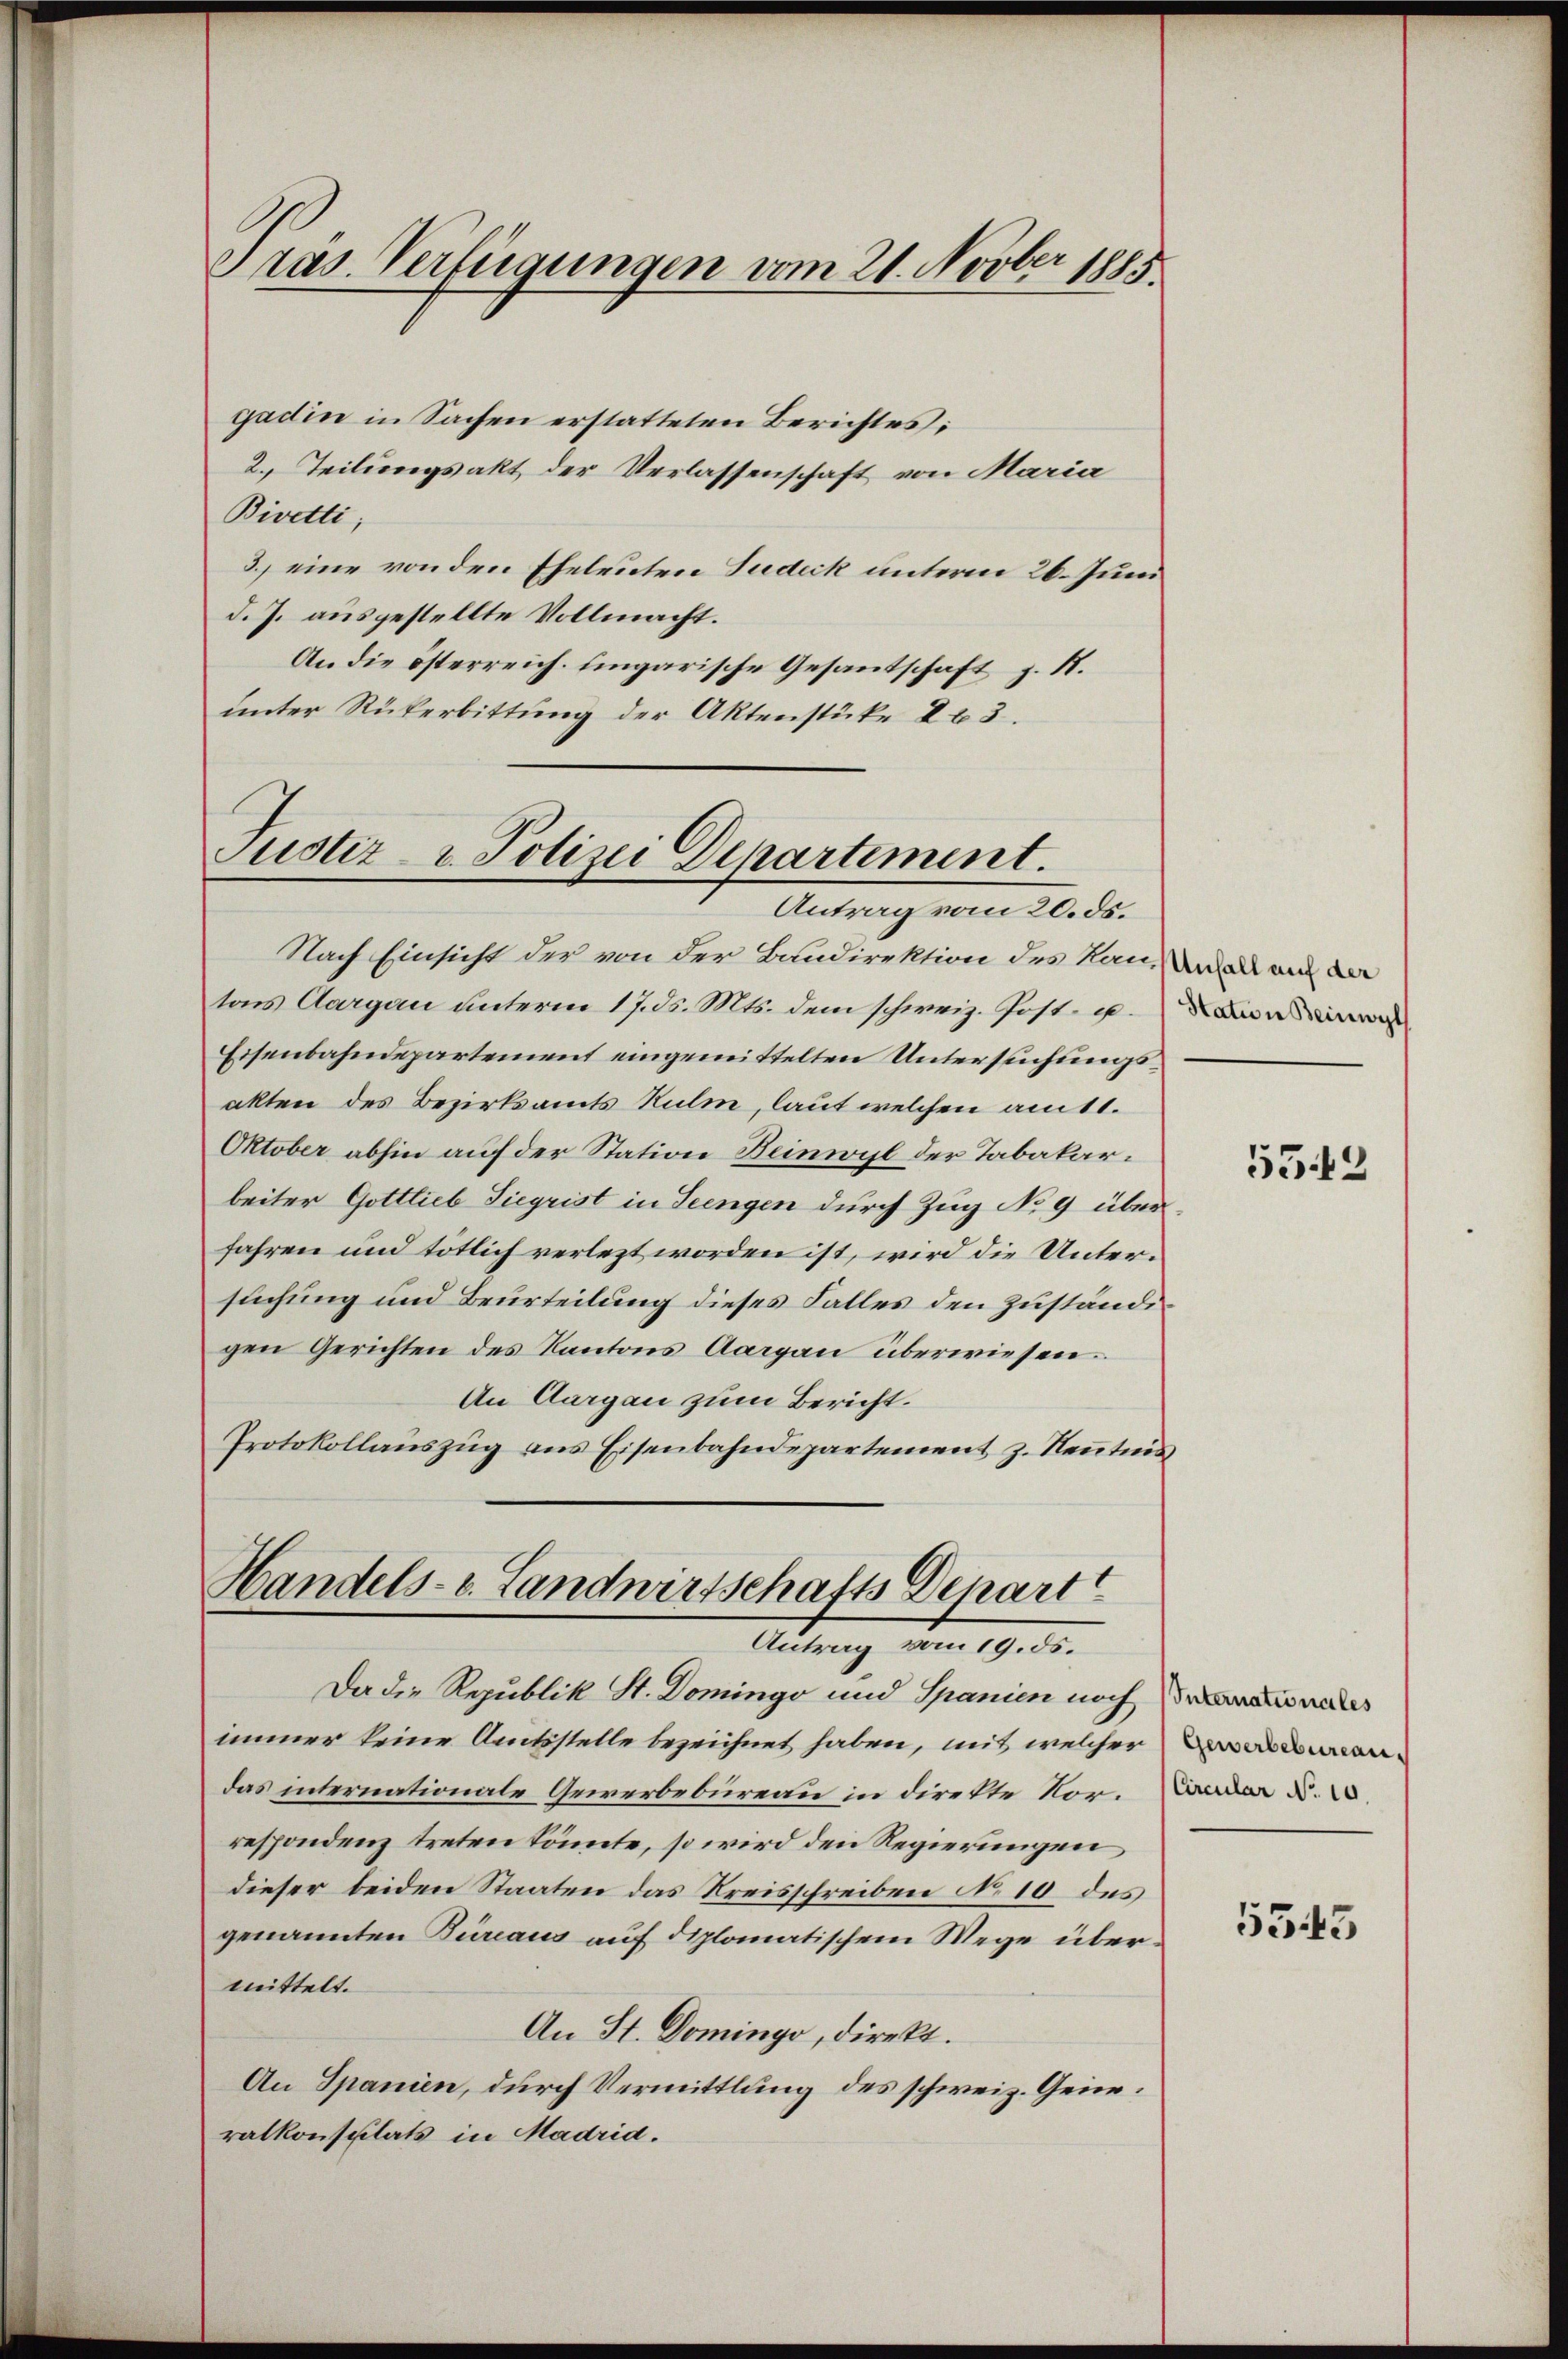
Präs. Verfügungen vom 21. Novber 1885.

gadin in Sachen erstatteten Berichtes;
2. Teilungsakt der Verlassenschaft von Maria
Bivetti,
3.) eine von den Eheleuten Judeck unterm 26. Juni
d. J. ausgestellte Vollmacht.
An die österreich. Eingarische Gesantschaft z. R.
unter Rückerbittŭng der Aktenstüke 263.

Justiz- u. Polizei Departement.
Antrag vom 20. ds.

Handels- u. Landwirtschafts Depart
Antrag vom 19. ds.

Da die Republik St. Domingo und Spanien nochmals
immer keine Amtsstelle bezeichnet haben, mit welcher Baden
das internationale Gewerbebureau in direkte Nor. Lander u.
respondenz treten könnte, so wird den Regierungen
dieser beiden Staaten das Kreisschreiben No 10 des
genannten Bureaus auf diplomatischem Wege übermittelt.
An St. Domingo, direkt.
An Spanien, durch Vermittlung des schweiz. Generalkonsulats in Madria.

Nach Einsicht der von der Baudirektion des kan, an als an d
tons Aargau unterm 17. ds. Mts. dem schweiz. Post- u.
Eisenbahndepartement eingemittelten Untersuchungsakten des Bezirksamts Rulm, laut welchen am 11.
Oktober abhin auf der Station Beinwyl der Tabakarbeiter Gottlieb Siegrist in Seengen durch Zug No 9 überfahren und tötlich verlezt worden ist, wird die Untersuchung und Beurteilung dieses Falles den Zuständigen Gerichten des Kantons Aargau überwiesen.
An Aargau zum Bericht.
Protokollauszug aus Eisenbahndepartement z. Renntnis

Station Beinwyl

5542

5345